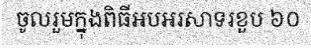
ចូលរួមក្នុងពិធីអបអរសាទរខួប ៦០